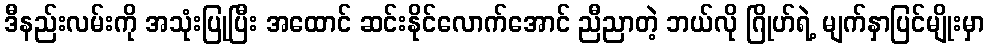
ဒီနည်းလမ်းကို အသုံးပြုပြီး အထောင် ဆင်းနိုင်လောက်အောင် ညီညာတဲ့ ဘယ်လို ဂြိုဟ်ရဲ့ မျက်နှာပြင်မျိုးမှာ